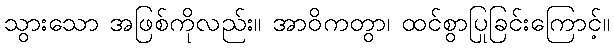
သွားသော အဖြစ်ကိုလည်း။ အာဝိကတွာ၊ ထင်စွာပြုခြင်းကြောင့်။